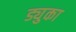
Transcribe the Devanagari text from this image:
ड्युका